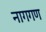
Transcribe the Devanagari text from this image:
नागगण